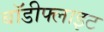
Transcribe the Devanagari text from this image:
बॉडीफ्लाइट